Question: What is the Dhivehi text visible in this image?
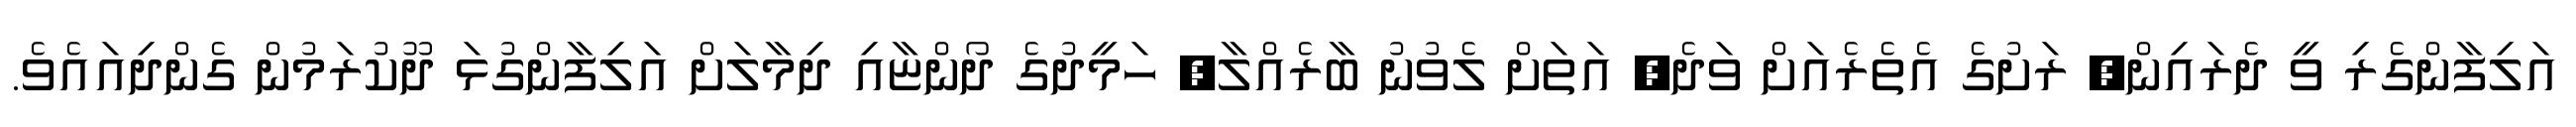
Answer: އަލިފާންގެރި ވީ ދެރައިން, ރަށުގެ އެތެރެއަށް ވަދެ, އަތަށް ލެވުނު ބާރެއްލާ, ހަމީދުގެ ދޯންޏާއި ދިމާލަށް އަލިފާންގުޅަ ދޫކުރަމުން ގެންދިއައެވެ.